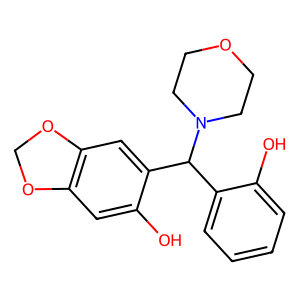
SMILES: Oc1ccccc1C(c1cc2c(cc1O)OCO2)N1CCOCC1
Inhibits HIV replication: No